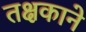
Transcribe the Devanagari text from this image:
तक्षकाने